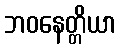
ဘဝနေတ္တိယာ